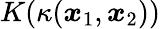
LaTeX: K(\kappa(\boldsymbol x_{1},\boldsymbol x_{2}))